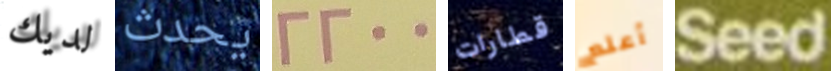
لديك يحدث 2200 قطارات أعلم Seed